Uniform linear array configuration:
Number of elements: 12
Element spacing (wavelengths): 0.25
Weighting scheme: hann
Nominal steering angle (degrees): -60
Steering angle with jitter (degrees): -59.695
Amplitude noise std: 0.05
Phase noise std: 0.05

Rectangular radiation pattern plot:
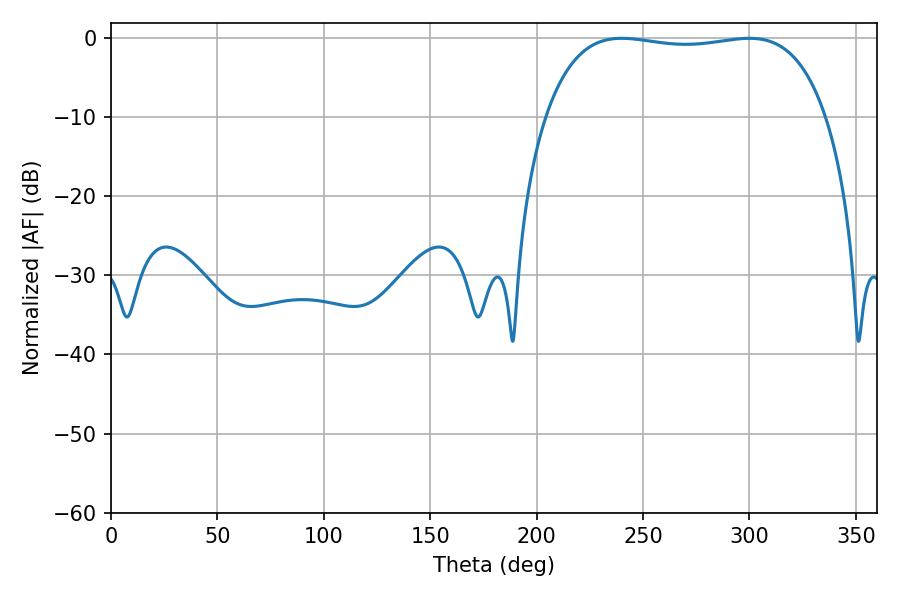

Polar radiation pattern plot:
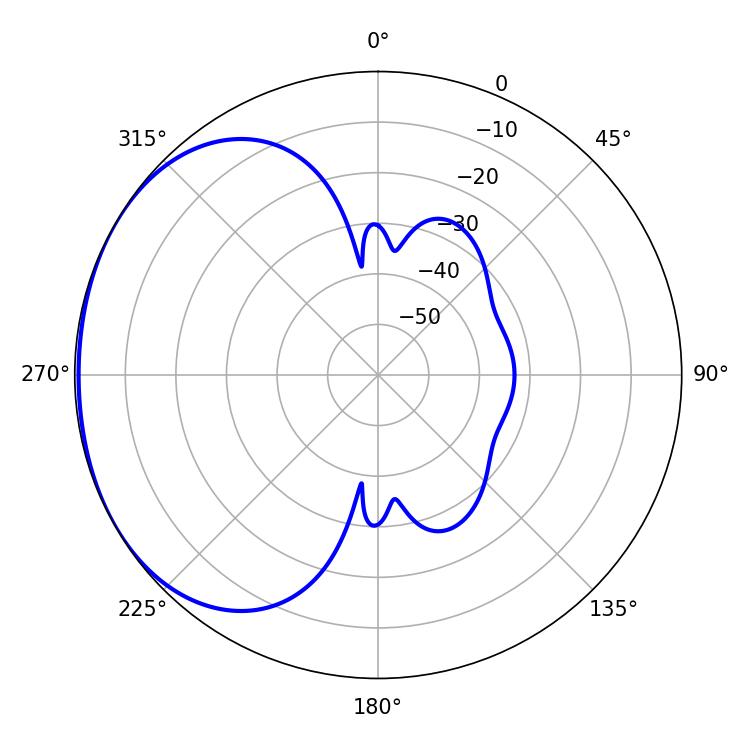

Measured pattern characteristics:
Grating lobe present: FALSE
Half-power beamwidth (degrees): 105.48
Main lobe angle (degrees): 239.94